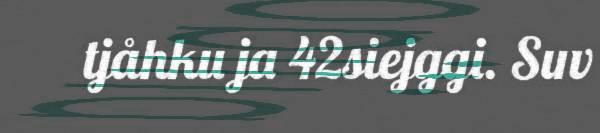
tjåhku ja 42siejggi. Suv